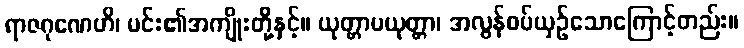
ရာဇဂုဏေဟိ၊ မင်း၏အကျိုးတို့နှင့်။ ယုတ္တာပယုတ္တာ၊ အလွန်စပ်ယှဉ်သောကြောင့်တည်း။